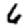
Digit: 6